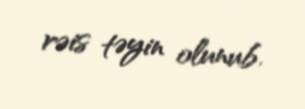
rəis təyin olunub.